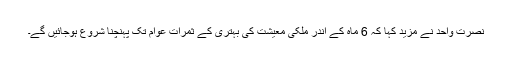
نصرت واحد نے مزید کہا کہ 6 ماہ کے اندر ملکی معیشت کی بہتری کے ثمرات عوام تک پہنچنا شروع ہوجائیں گے۔